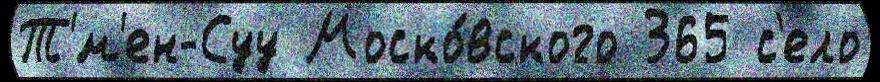
Т'́м'ен-Суу Моско́вского 365 с'ело